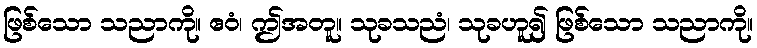
ဖြစ်သော သညာကို။ ဧဝံ၊ ဤအတူ။ သုခသညံ၊ သုခဟူ၍ ဖြစ်သော သညာကို။